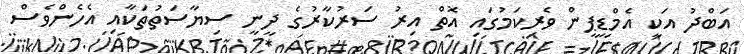
އަބްދު އަކީ އެމްޑީޕީން ވެރިކަމުގައި އޮތް އިރު ސަރުކާރުގެ ދީނީ ސިޔާސަތުތަކާއި އެހެންވެސް